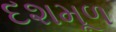
દશમૂળ